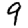
Digit: 9